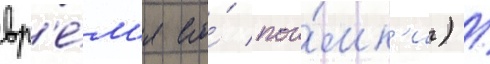
вр'е́м'я его́ пои́мк'и) /